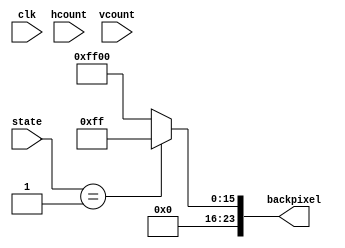
module backgroundSpriteGenerator(
    input [1:0] state,
    input [9:0] hcount,
    input [9:0] vcount,
    input clk,
    output [23:0] backpixel
);
    assign backpixel = state==1 ? 24'h00_00_FF : 24'h00_FF_00;

endmodule